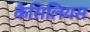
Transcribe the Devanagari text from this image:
कैसिलियस